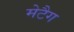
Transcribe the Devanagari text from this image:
मेटैग